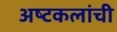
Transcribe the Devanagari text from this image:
अष्‍टकलांची